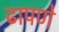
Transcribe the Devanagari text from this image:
ढापणे